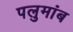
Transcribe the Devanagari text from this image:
पलुमांब